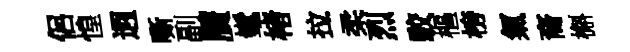
侶惶迥嘶副贋髦楮拉柔烈駮樞榜氣裔槲